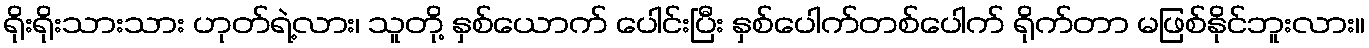
ရိုးရိုးသားသား ဟုတ်ရဲ့လား၊ သူတို့ နှစ်ယောက် ပေါင်းပြီး နှစ်ပေါက်တစ်ပေါက် ရိုက်တာ မဖြစ်နိုင်ဘူးလား။